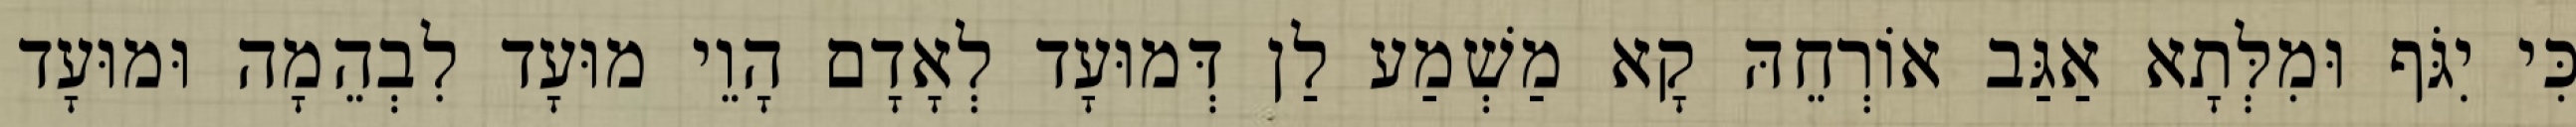
כִּי יִגֹּף וּמִלְּתָא אַגַּב אוֹרְחֵהּ קָא מַשְׁמַע לַן דְּמוּעָד לְאָדָם הָוֵי מוּעָד לִבְהֵמָה וּמוּעָד